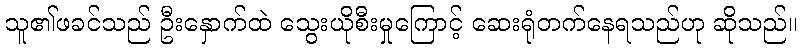
သူ၏ဖခင်သည် ဦးနှောက်ထဲ သွေးယိုစီးမှုကြောင့် ဆေးရုံတက်နေရသည်ဟု ဆိုသည်။